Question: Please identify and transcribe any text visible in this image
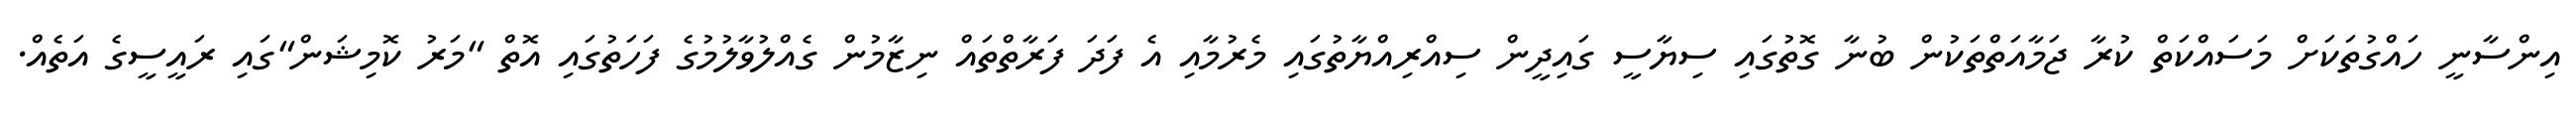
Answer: އިންސާނީ ހައްގުތަކަށް މަސައްކަތް ކުރާ ޖަމާއަތްތަކުން ބުނާ ގޮތުގައި ސިޔާސީ ގައިދީން ސިއްރިއްޔާތުގައި މެރުމާއި އެ ފަދަ ފަރާތްތައް ނިޒާމުން ގެއްލުވާލުމުގެ ފަހަތުގައި އޮތް "މަރު ކޮމިޝަން"ގައި ރައީސީގެ އަތެއް.